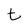
Character: t